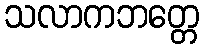
သလာကဘတ္တေ